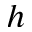
h